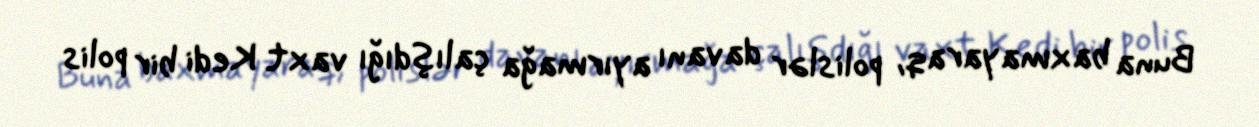
Buna baxmayaraq, polislər davanı ayırmağa çalışdığı vaxt Kedi bir polis